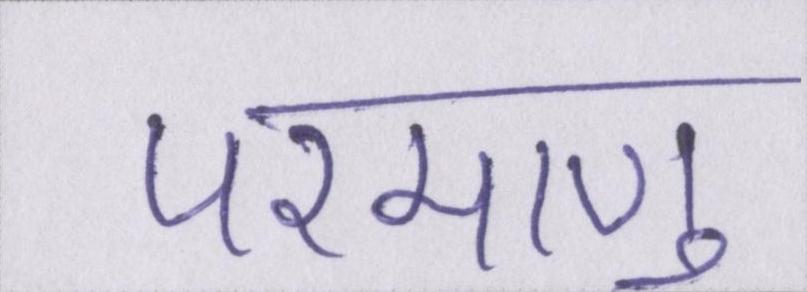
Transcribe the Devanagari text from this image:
परमाणु